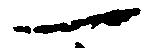
一